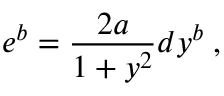
e ^ { b } = \frac { 2 a } { 1 + y ^ { 2 } } d y ^ { b } \; ,